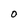
Character: O